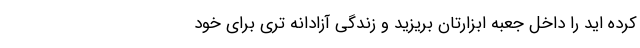
کرده اید را داخل جعبه ابزارتان بریزید و زندگی آزادانه تری برای خود